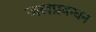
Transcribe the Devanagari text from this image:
जलप्रबन्धन